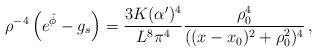
LaTeX: \begin{align*}\rho^{-4} \left(e^{\hat \phi} - g_s \right) = {3 K(\alpha')^4 \over L^8 \pi^4}{ \rho_0^4\over ((x-x_0)^2 + \rho_0^2)^4 } \, , \end{align*}